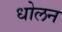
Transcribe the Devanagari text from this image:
धोलन